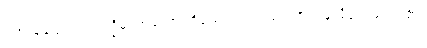
ကြားချေလော။ ပက္ခိမ၊ အတောင်ရှိသော။ ဥက္ကုသရာဇ၊ ဝန်လိုငှက်မင်း။ တွံ၊